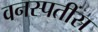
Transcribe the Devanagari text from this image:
वनस्पतींस